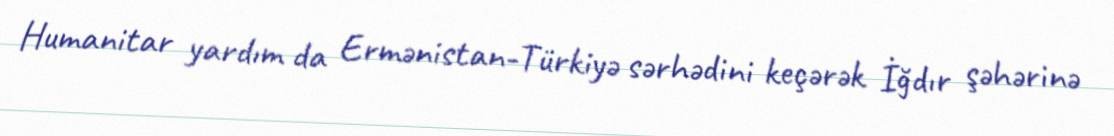
Humanitar yardım da Ermənistan-Türkiyə sərhədini keçərək İğdır şəhərinə